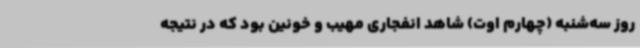
روز سه‌شنبه (چهارم اوت) شاهد انفجاری مهیب و خونین بود که در نتیجه